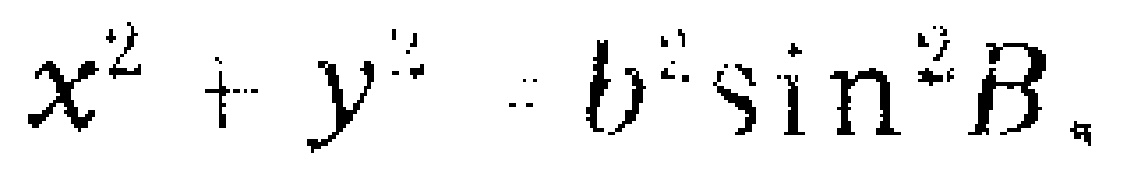
$x^{2}+y^{2}=b^{2}\sin ^{2}B$